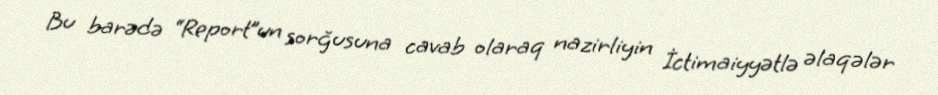
Bu barədə “Report”un sorğusuna cavab olaraq nazirliyin İctimaiyyətlə əlaqələr